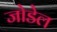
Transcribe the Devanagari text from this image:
जोडेल